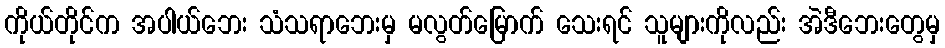
ကိုယ်တိုင်က အပါယ်ဘေး သံသရာဘေးမှ မလွတ်မြောက် သေးရင် သူများကိုလည်း အဲဒီဘေးတွေမှ